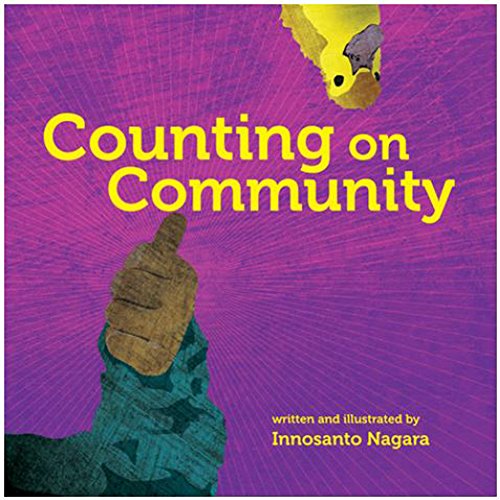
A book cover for Counting on Community; Innosanto Nagara; Children's Books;